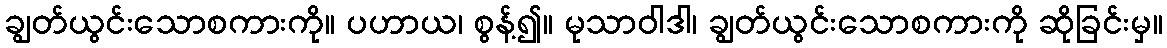
ချွတ်ယွင်းသောစကားကို။ ပဟာယ၊ စွန့်၍။ မုသာဝါဒါ၊ ချွတ်ယွင်းသောစကားကို ဆိုခြင်းမှ။